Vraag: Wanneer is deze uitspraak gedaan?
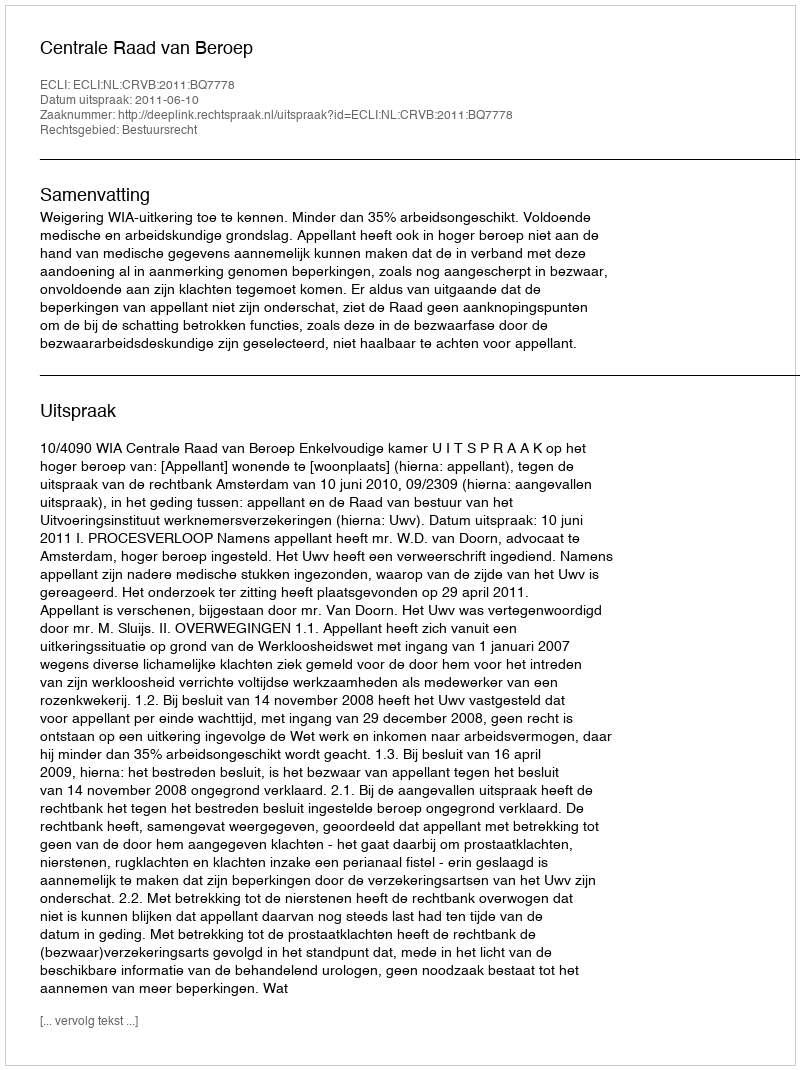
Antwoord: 2011-06-10